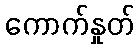
ကောက်နှုတ်